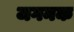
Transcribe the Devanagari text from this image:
जगनक